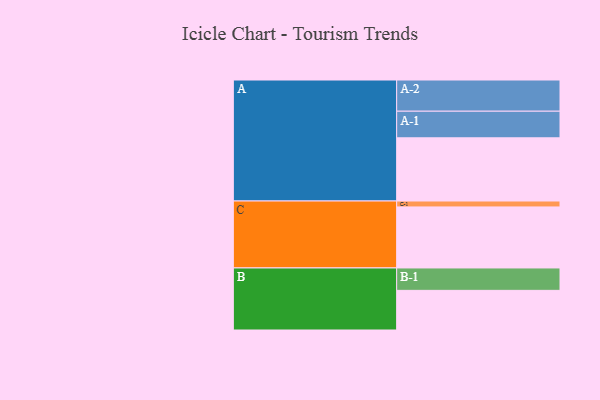
{"axis": {"x": "Segment", "y": "Value"}, "legend": ["", "A", "B", "C"], "data": [{"x": "A", "y": 553, "type": ""}, {"x": "B", "y": 347, "type": ""}, {"x": "C", "y": 534, "type": ""}, {"x": "A-1", "y": 233, "type": "A"}, {"x": "A-2", "y": 273, "type": "A"}, {"x": "B-1", "y": 196, "type": "B"}, {"x": "C-1", "y": 52, "type": "C"}]}